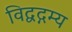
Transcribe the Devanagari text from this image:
विद्वद्गम्य